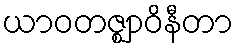
ယာဝတဇ္ဈာဝိနီတာ